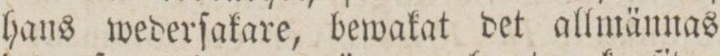
hans wederſakare, bewakat det allmännas